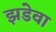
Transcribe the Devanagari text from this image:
झडेवा